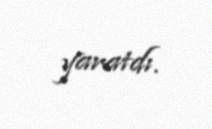
yaratdı.